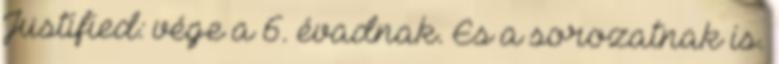
Justified: vége a 6. évadnak. És a sorozatnak is.